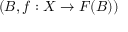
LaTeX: ( B , f : X \to F ( B ) )